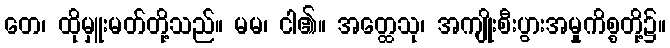
တေ၊ ထိုမှူးမတ်တို့သည်။ မမ၊ ငါ၏။ အတ္ထေသု၊ အကျိုးစီးပွားအမှုကိစ္စတို့၌။